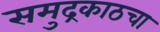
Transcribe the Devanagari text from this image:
समुद्रकाठचा